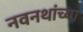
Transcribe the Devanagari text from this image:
नवनथांच्या